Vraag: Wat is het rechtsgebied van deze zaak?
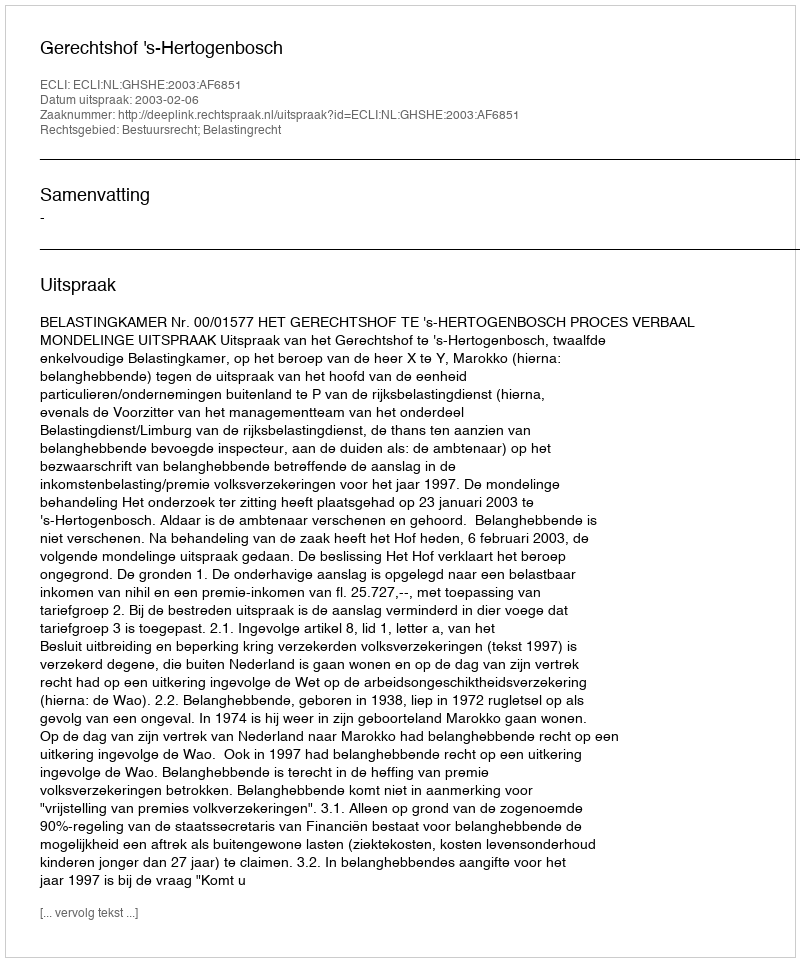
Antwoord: Bestuursrecht; Belastingrecht